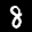
Label: 8